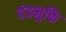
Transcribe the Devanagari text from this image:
दंडभुक्ति